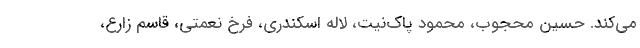
می‌کند. حسین محجوب، محمود پاک‌نیت، لاله اسکندری، فرخ نعمتی، قاسم زارع،